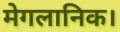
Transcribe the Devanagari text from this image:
मेगलानिक।